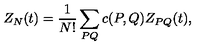
Z _ { N } ( t ) = { \frac { 1 } { N ! } } \sum _ { P Q } c ( P , Q ) Z _ { P Q } ( t ) ,